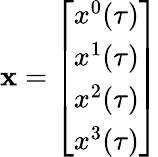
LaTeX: \textbf{x}=\left[\begin{array}{c}{x^{0}(\tau)}\\ {x^{1}(\tau)}\\ {x^{2}(\tau)}\\ {x^{3}(\tau)}\end{array}\right]